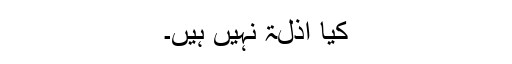
کیا اذلۃ نہیں ہیں۔